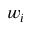
w _ { i }